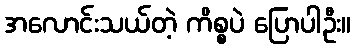
အလောင်းသယ်တဲ့ ကိစ္စပဲ ပြောပါဦး။